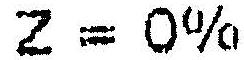
Z = 0%